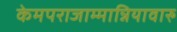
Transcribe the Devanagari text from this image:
केमपराजाम्मान्नियावारु